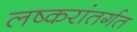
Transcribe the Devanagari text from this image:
लष्करांतर्गत